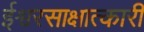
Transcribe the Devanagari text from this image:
ईश्वरसाक्षात्कारी